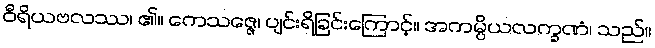
ဝီရိယဗလဿ၊ ၏။ ကေသဇ္ဇေ၊ ပျင်းရိခြင်းကြောင့်။ အကမ္ပိယလက္ခဏံ၊ သည်။